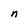
Character: n